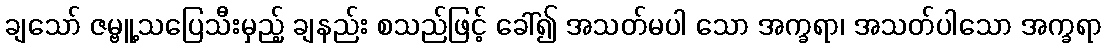
ချသော် ဇမ္ဗူ့သပြေသီးမှည့် ချနည်း စသည်ဖြင့် ခေါ်၍ အသတ်မပါ သော အက္ခရာ၊ အသတ်ပါသော အက္ခရာ